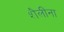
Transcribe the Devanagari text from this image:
शैलींना